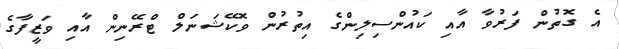
އެ ގޮތުން ފަރުވާ އާއި ކައުންސިލިންގެ އިތުރުން ވޮކޭޝަނަލް ޓްރޭނިން އާއި ވަޒީފާގެ